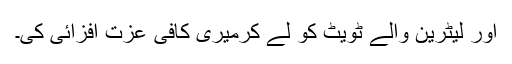
اور لیٹرین والے ٹویٹ کو لے کرمیری کافی عزت افزائی کی۔